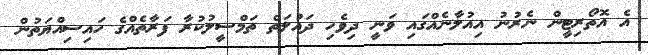
އެ އޮތޯރިޓީން ނެރުނު އިއުލާނެއްގައި ވަނީ ދިވެހި ދައުލަތް ތަމްސީލުކުރާ ފަރާތެއްގެ ހައިސިއްޔަތުން